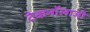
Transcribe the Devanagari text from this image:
टेकनॉलाजी